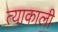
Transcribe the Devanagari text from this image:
त्याकाली